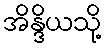
အိန္ဒိယသို့